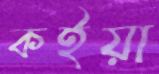
কইয়া